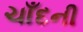
ચાઁદની